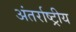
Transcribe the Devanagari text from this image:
अंतर्राष्ट्रीय